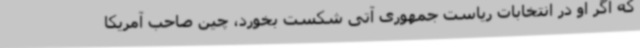
که اگر او در انتخابات ریاست جمهوری آتی شکست بخورد، چین صاحب آمریکا